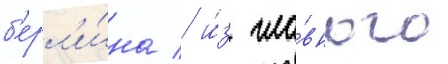
б'ерл'и́на / и́з гла́вного